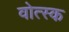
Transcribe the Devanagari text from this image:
वोत्स्क